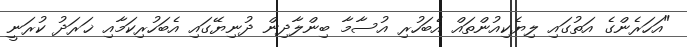
"އަހަރެންގެ އަތުގައި ލިޔެކިއުންތައް އެބަހުރި އުސާމާ ބިންލާދިން ދުނިޔޭގައި އެބަހުރިކަމާއި ޚަރަދު ކުރަނީ